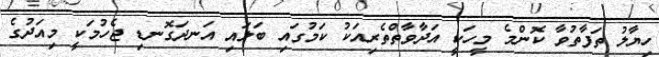
ހިޔާލު ތަފާތުވާ ކޮންމެ މީހަކީ އަދާވާތްތެރިއަކު ކަމުގައި ބަލައި އަނދަގޮނޑި ޖެހުމަކީ މިއަދުގެ